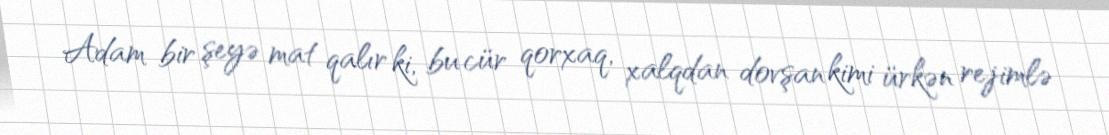
Adam bir şeyə mat qalır ki, bu cür qorxaq, xalqdan dovşan kimi ürkən rejimlə